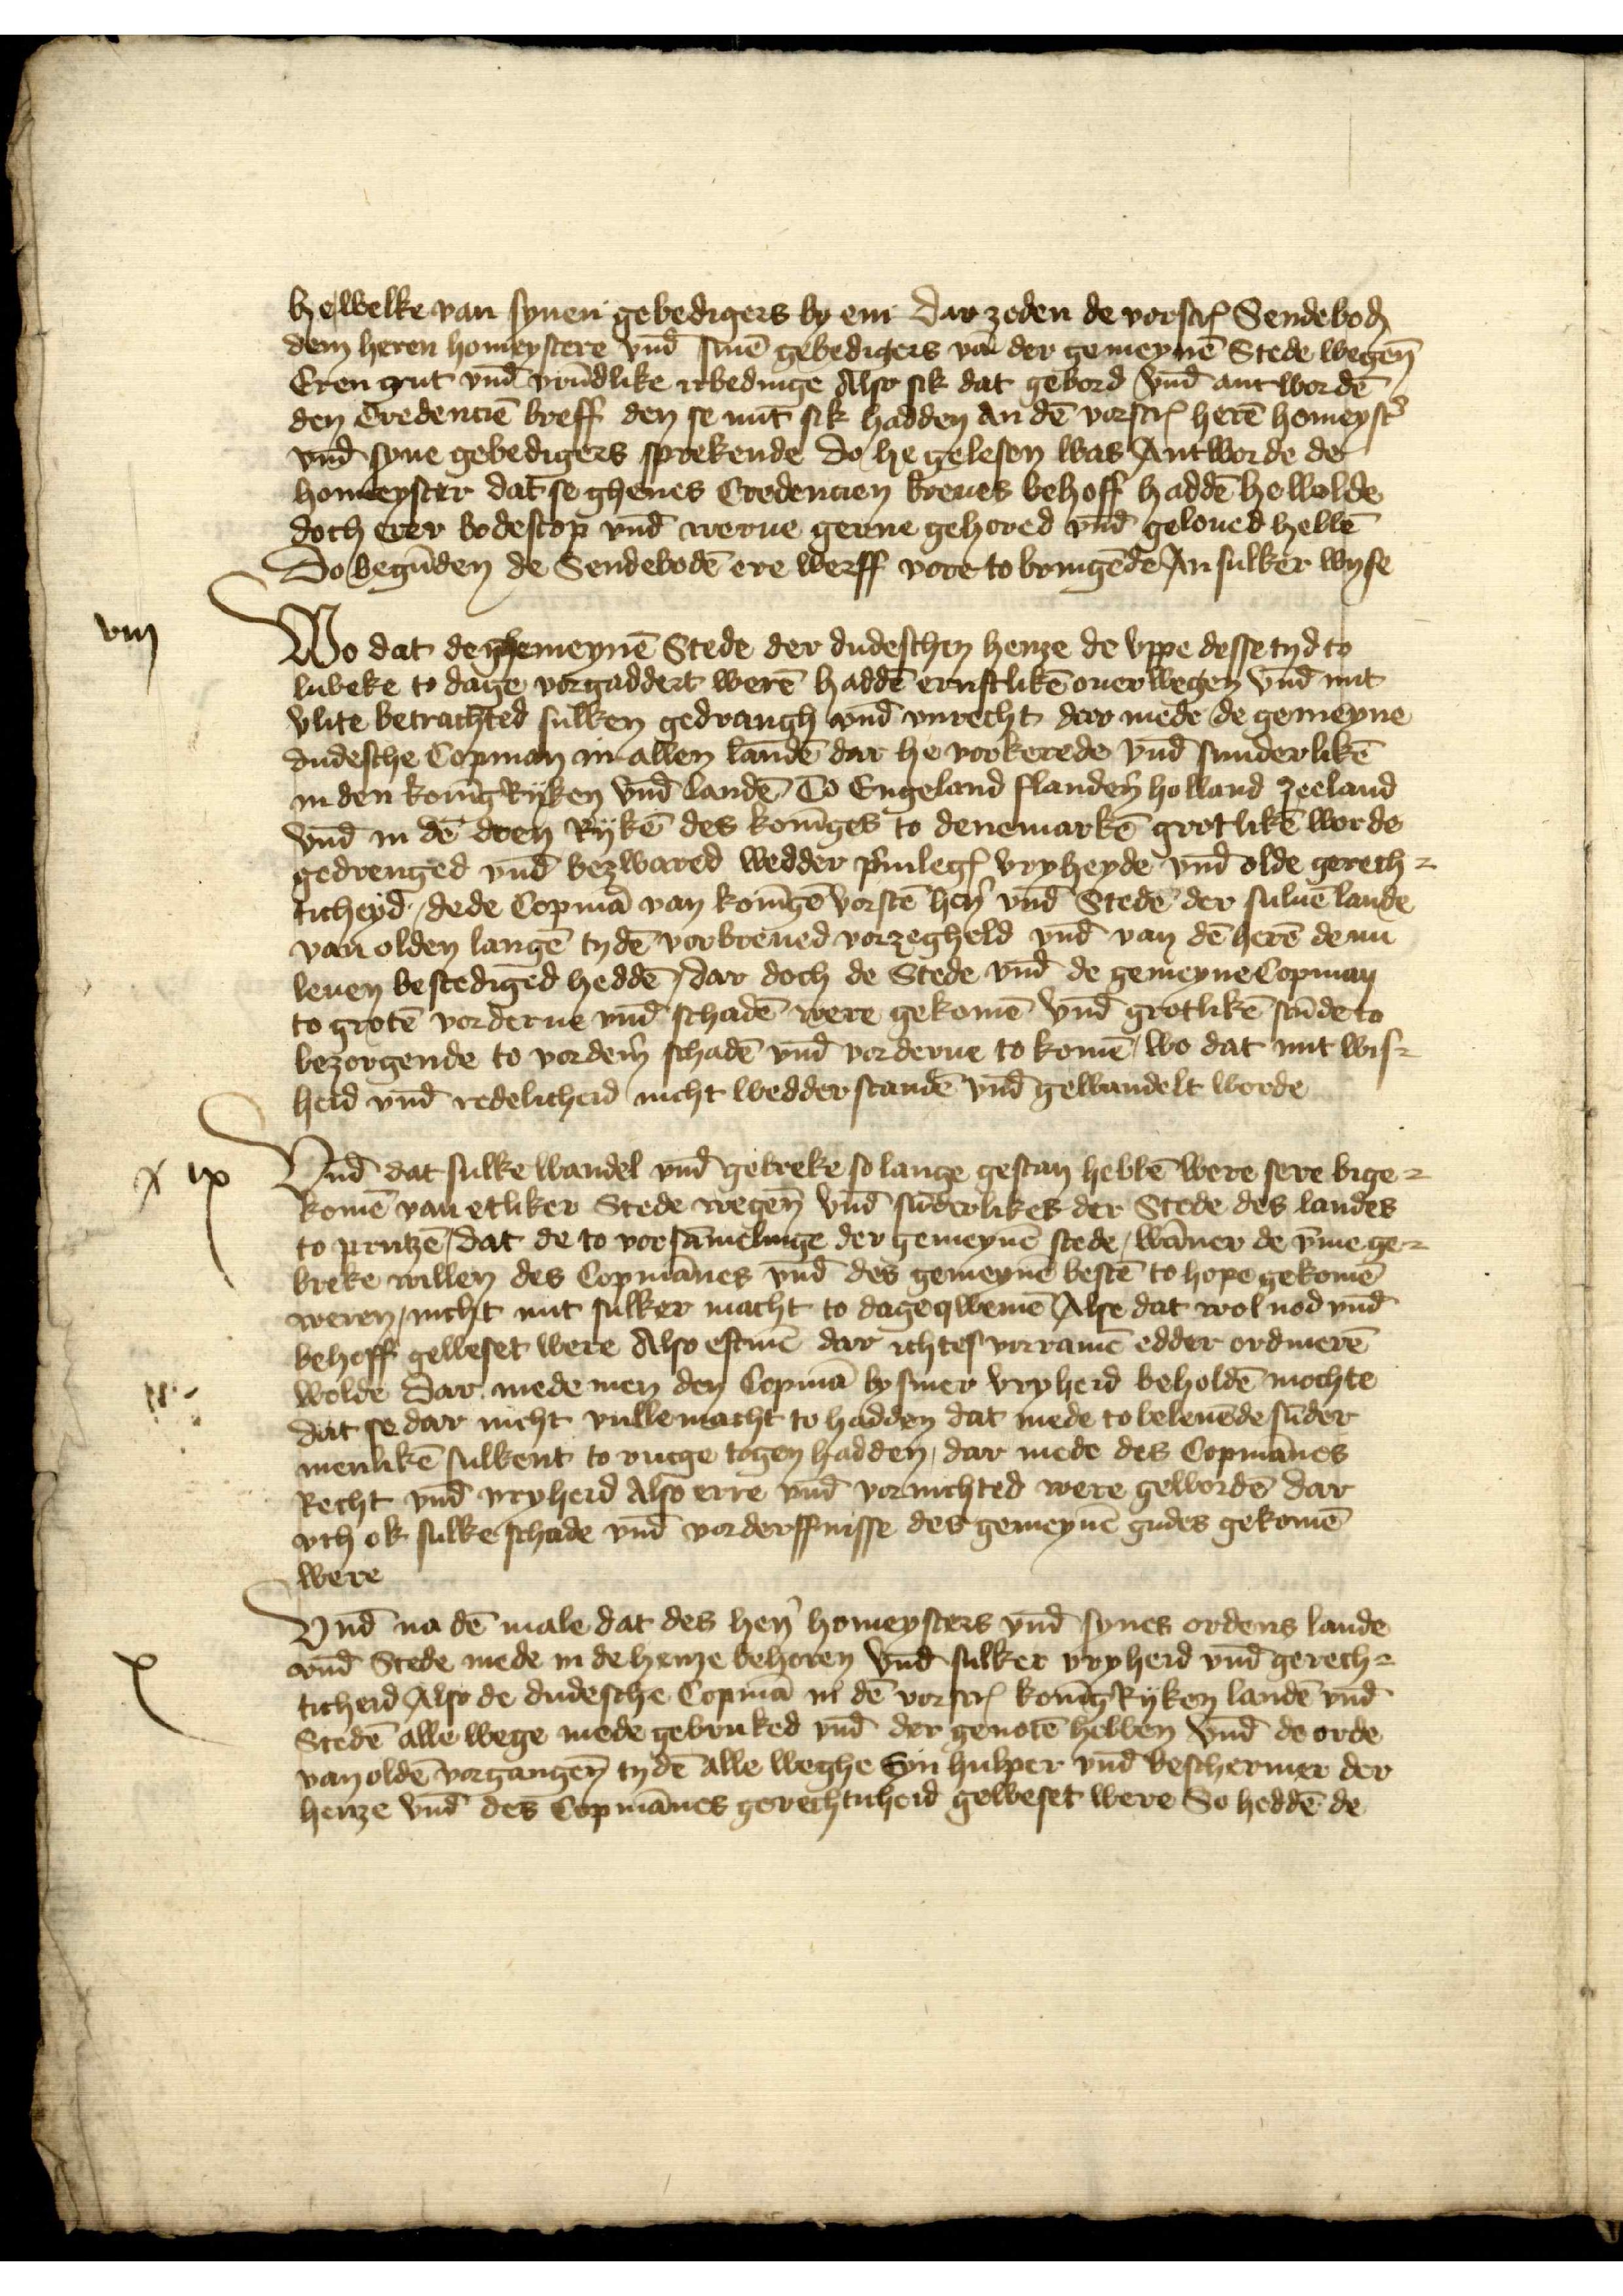
Wo dat de ghemeynē Stede der dudeschen henze de vppe desse tyd to
He welke van synen gebedigers by er dar zeden de vorscrꝬ Sendeboden
dem heren homeystere vnd̄ sinē gebedigers vā der gemeynē Stede wegen
Eren gut vnd̄ vrūdlike irbedinge Also sik dat gebord vnd̄ antwordē
den Credenciē breff den se mit sik hadden den dē vorscrꝬ herē homeyst̉
vnd̄ syne gebedigers sprekende do he gelesen was Antworde der
homeyster dat se ghenes Credencien breues behoff haddē he wolde
doch erer bodescop vnd̄ werue genne gehored vnd̄ geloued hebbē
So begūden de Sendebodē ere werff vore to bringēde An sulker wyse

viij

Wo dat de ghemeynē Stede der dudeschen henze de vppe desse tyd to
Lubeke to dage vorgaddert werē haddē ernstlikē ouerwegen vnd̄ mit
vlite betrachted sulken gedrangh vnd̄ vnrecht dar mede de gemeyne
dudesche Copman in allen landē dar he vorkerede vnd̄ sunderlikē
in den konīgryken vnd̄ landē To Engeland Flandẻn Holland Zeeland
vnd̄ in dē dren Rykē des konīges to Denemarkē grotlikē worde
gedrenged vnd bezwared wedder p̉uilegꝬ vryheyde vnd̄ olde gerech¬
ticheyd, dede Copmā van konīge vorscrē hẻn vnd̄ Stedē der suluē lande
van olden langē tydē vorbreued vorzegheld vnd̄ van dē herē de nu
leuen bestediged heddē dar doch de Stede vnd̄ de gemeyne Copman
to grotē vorderue vnd̄ schadē were gekomē vnd̄ grotlikē stūde to
bezorgende to vordem̉ schadē vnd̄ vorderue to komē, wo dat mit wis¬
heid vnd̄ redelicheid nicht wedder standē vnd̄ gewandelt worde

x ix

Vnd dat sulke wandel vnd̄ gekreke so lange gestan hebbē were sere bige¬
komē van etliker Stede wegen vnd̄ sūderlikes der Stede des landes
to Prutzē, dat de to vorsāmelinge der gemeynē stede, wāner de v̄me ge¬
breke willen des Copmānes vnd des gemeynē bestē to hope gekomē
weren, nicht mit sulker macht to dage qwemē Alse dat wol nod vnd̄
behoff geweset were Also eftmē dar ichtes vorramē edder ordinerē
wolde dar mede men den Copmā by siner vryheid beholdē mochte
dat se dar nicht vulle macht to hadden dat mede to beleuēde sūder
menlikē sulkent to rucge togen hadden, dar mede des Copmānes
Recht vnd̄ vryheid Also ere vnd̄ vornichted were gewordē dar¬
vth ok sulke schade vnd̄ vorderffnisse des gemeynē gudes gekomē
were

x

Vnd̄ na dē male, dat des hẻn homeysters vnd̄ synes ordens lande
vnd̄ Stede mede in de henze behoren vnd̄ sulker vryheid vnd̄ gerech¬
ticheid Alse de dudesche Copmā de vorscrꝬ konīgꝬ Ryken landē vnd̄
Stedē alle wege mede gebruked vnd̄ der genotē hebben vnd de orde
van oldē vorgangen̄ tydē alle weghe syn hulper vnd̄ beschermer der
henze vnd des Copmānes gerechticheid geweset were So heddē de